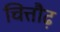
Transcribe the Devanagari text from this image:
चित्तौढ़